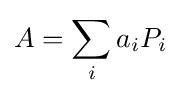
A=\sum _{i}a_{i}P_{i}